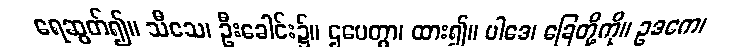
ရေဆွတ်၍။ သီသေ၊ ဦးခေါင်း၌။ ဌပေတွာ၊ ထား၍။ ပါဒေ၊ ခြေတို့ကို။ ဥဒကေ၊